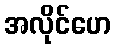
အလိုင်ဟေ